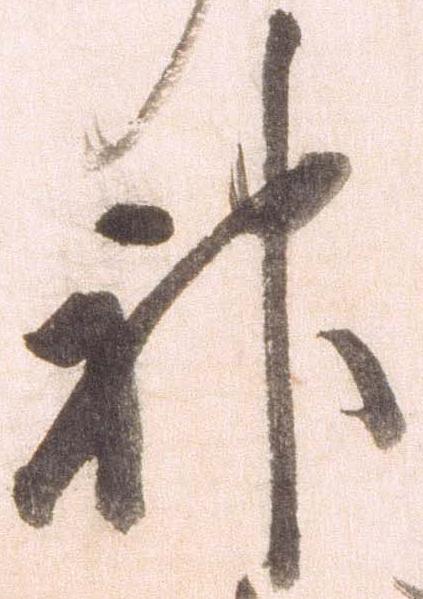
神